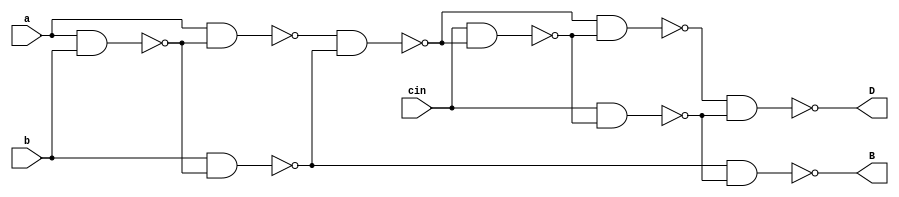
module fs(input a,b,cin,output D,B);
wire [6:0]w;


nand n0(w[0],a,b);
nand n1(w[1],a,w[0]);
nand n2(w[2],b,w[0]);
nand n3(w[3],w[1],w[2]);
nand n4(w[4],cin,w[3]);
nand n5(w[5],w[3],w[4]);
nand n6(w[6],cin,w[4]);
nand n7(D,w[5],w[6]);
nand n8(B,w[2],w[6]);
endmodule